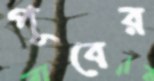
পূবের